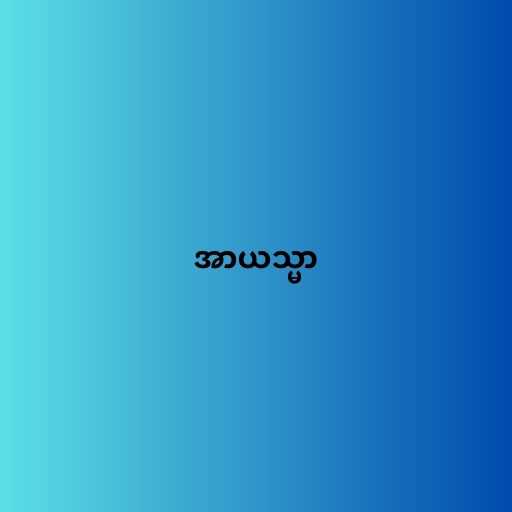
အာယသ္မာ